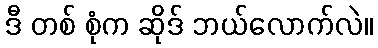
ဒီ တစ် စုံက ဆိုဒ် ဘယ်လောက်လဲ။